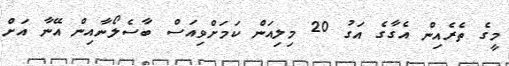
މީގެ ތެރެއިން އެގާގެ އަގު 20 މިލިއަން ކަމަށްވިއަސް ބާސެލޯނާއިން އޭނާ އަށް